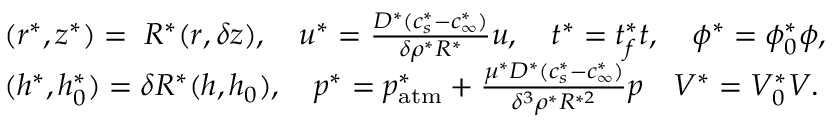
\begin{array} { r l } & { ( r ^ { * } , z ^ { * } ) = \; R ^ { * } ( r , \delta z ) , \quad u ^ { * } = \frac { D ^ { * } ( c _ { s } ^ { * } - c _ { \infty } ^ { * } ) } { \delta \rho ^ { * } R ^ { * } } u , \quad t ^ { * } = t _ { f } ^ { * } t , \quad \phi ^ { * } = \phi _ { 0 } ^ { * } \phi , } \\ & { ( h ^ { * } , h _ { 0 } ^ { * } ) = \delta R ^ { * } ( h , h _ { 0 } ) , \quad p ^ { * } = p _ { \mathrm { a t m } } ^ { * } + \frac { \mu ^ { * } D ^ { * } ( c _ { s } ^ { * } - c _ { \infty } ^ { * } ) } { \delta ^ { 3 } \rho ^ { * } R ^ { * 2 } } p \quad V ^ { * } = V _ { 0 } ^ { * } V . } \end{array}